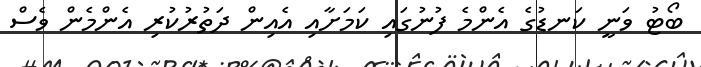
ބޯޓު ވަނީ ކަނޑުގެ އެންމެ ފުނުގައި ކަމަށާއި އެއިން ދަތުރުކުރި އެންމެން ވެސް